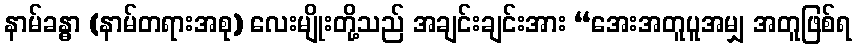
နာမ်ခန္ဓာ (နာမ်တရားအစု) လေးမျိုးတို့သည် အချင်းချင်းအား “အေးအတူပူအမျှ အတူဖြစ်ရ